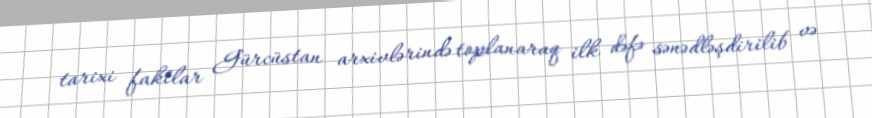
tarixi faktlar Gürcüstan arxivlərində toplanaraq ilk dəfə sənədləşdirilib və